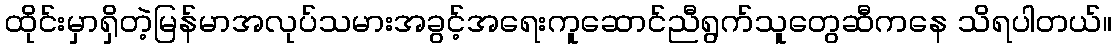
ထိုင်းမှာရှိတဲ့မြန်မာအလုပ်သမားအခွင့်အရေးကူဆောင်ညီရွက်သူတွေဆီကနေ သိရပါတယ်။